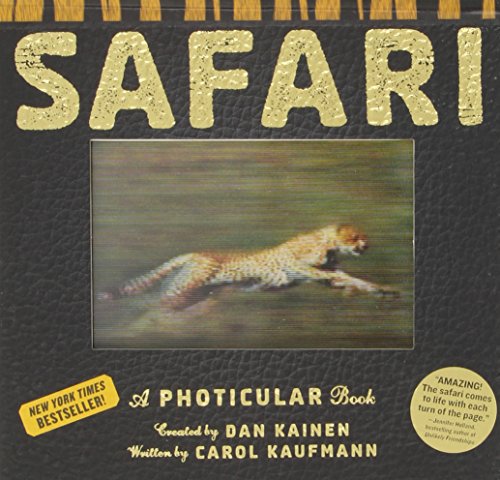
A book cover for Safari: A Photicular Book; Dan Kainen; Arts & Photography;